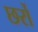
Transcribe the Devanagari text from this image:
छर्रो